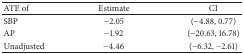
<table><thead><tr><td><b>ATE of</b></td><td><b>Estimate </b></td><td><b> CI </b></td></tr></thead><tbody><tr><td>SBP</td><td>−2.05 </td><td>(−4.88, 0.77) </td></tr><tr><td>AP</td><td>−1.92 </td><td>(−20.63, 16.78) </td></tr><tr><td>Unadjusted</td><td>−4.46 </td><td>(−6.32, −2.61) </td></tr></tbody></table>